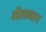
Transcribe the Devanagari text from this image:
गैलानाथ